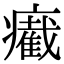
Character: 𤻛